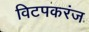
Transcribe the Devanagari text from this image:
विटपकरंज